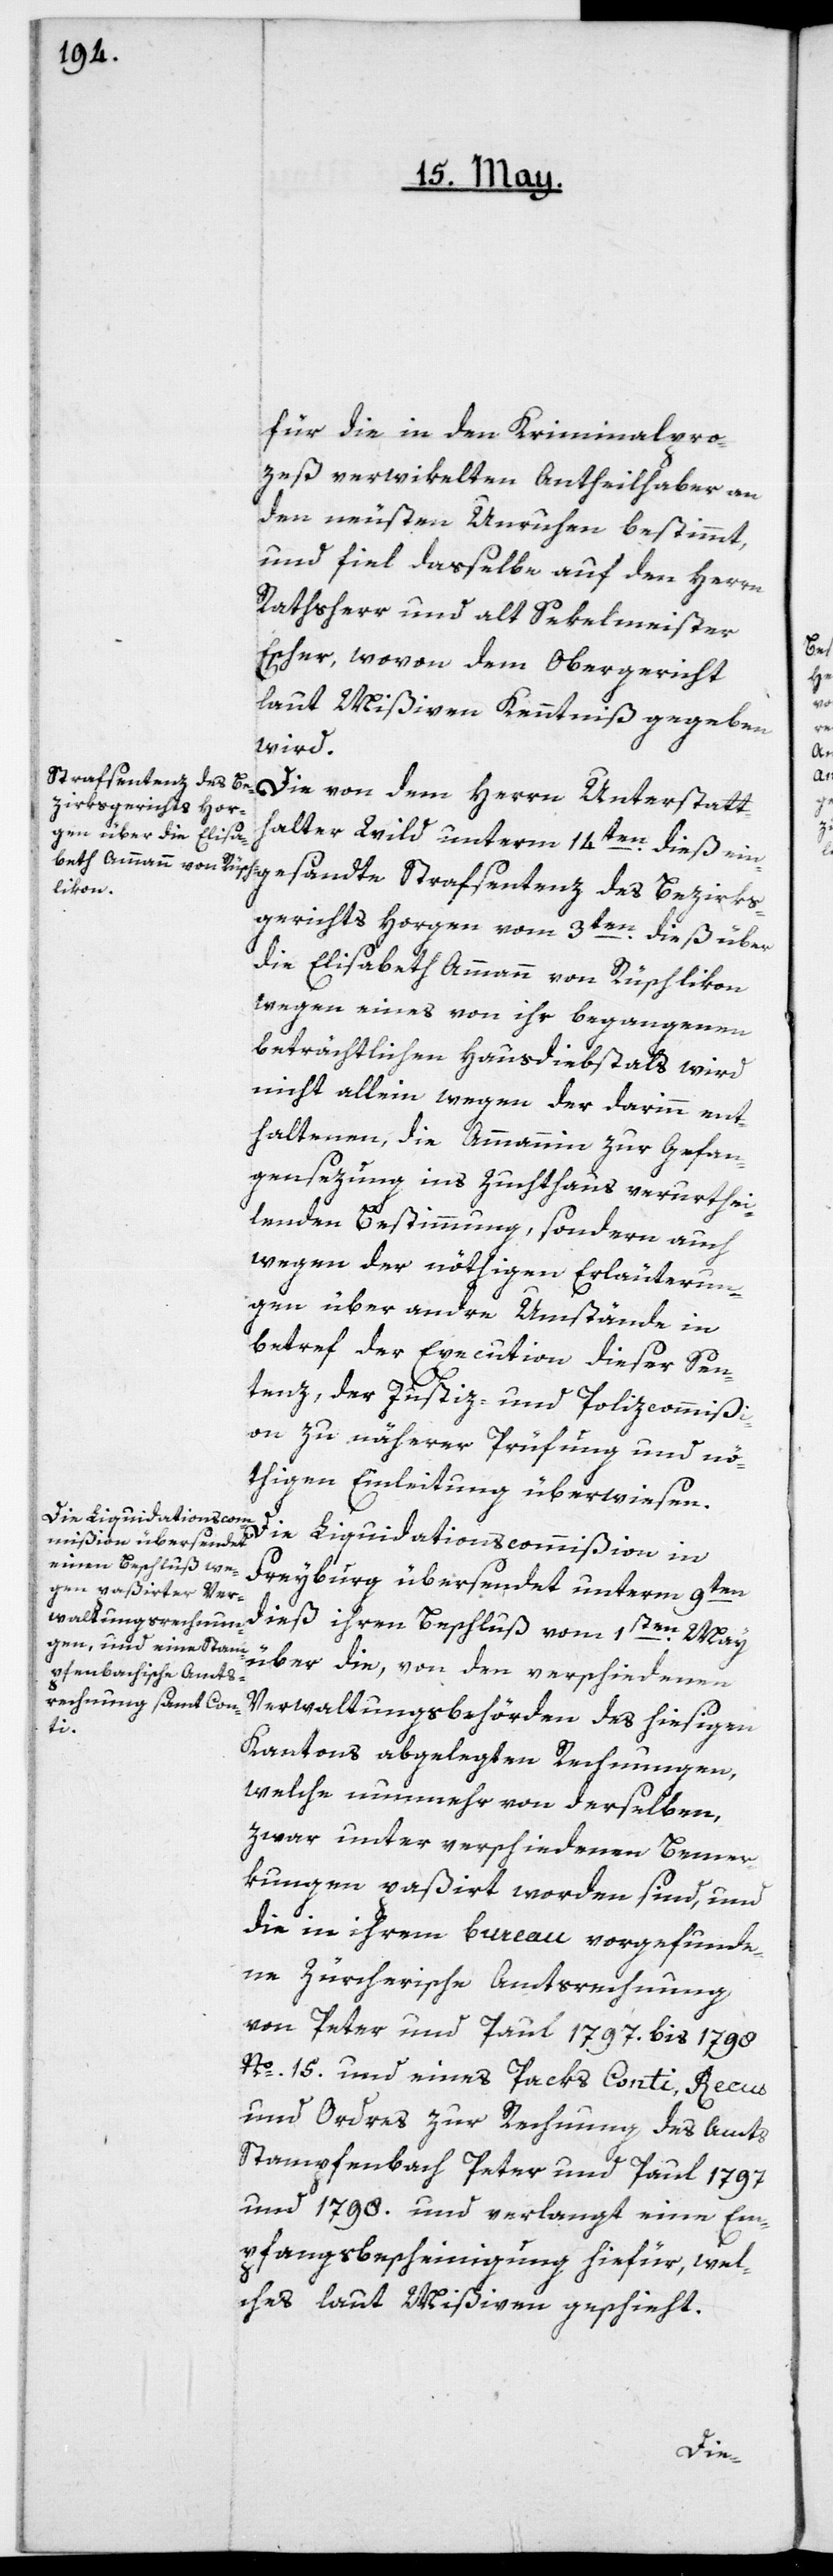
für die in den Kriminalpro¬
zeß verwikelten Antheilhaber an
den neusten Unruhen bestimmt,
und fiel daßelbe auf den Herrn
Rathsherr und alt Sekelmeister
Es¬
cher, wovon dem Obergericht
laut Mißiven Kenntniß gegeben
wird.
Die von dem Herrn Unterstatt¬
halter Wild unterm 14ten dieß ein¬
gesandte Strafsentenz des Bezirks¬
gerichts Horgen vom 3ten dieß über
die Elisabeth Ammann von Rüschlikon
wegen eines von ihr begangenen
beträchtlichen Hausdiebstals wird
nicht allein wegen der darinn ent¬
haltenen, die Ammannin zur Gefan¬
gensezung ins Zuchthaus verurthei¬
lenden Bestimmung, sondern auch
wegen der nöthigen Erläuterun¬
gen über andre Umstände in
betref der Execution dieser Sen¬
tenz, der Justiz- und Polizcommißi¬
on zu näherer Prüfung und nö¬
thigen Einleitung überwiesen.
Die Liquidationscommißion in
Freyburg übersendet unterm 9ten
dieß ihren Beschluß vom 1sten May
über die, von den verschiedenen
Verwaltungsbehörden des hiesigen
Kantons abgelegten Rechnungen,
welche nunmehr von derselben,
zwar unter verschiedenen Bemer¬
kungen paßirt worden sind, und
die in ihrem Bureau vorgefunde¬
ne Zürcherische Amtsrechnung
von Peter und Paul 1797. bis 1798
Nº 15. und eines Packs Conti, Reçus
und Ordres zur Rechnung des Amts
Stampfenbach Peter und Paul 1797
und 1798. und verlangt eine Em¬
pfangsbescheinigung hiefür, wel¬
ches laut Mißiven geschieht.